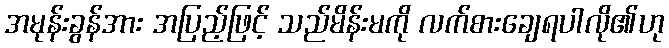
အမုန်းခွန်အား အပြည့်ဖြင့် သည်မိန်းမကို လက်စားချေရပါလို၏ဟု